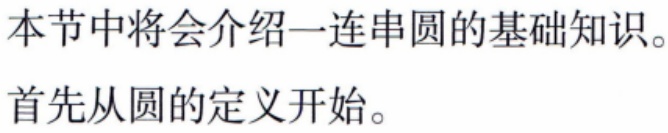
本节中将会介绍一连串圆的基础知识。
首先从圆的定义开始。